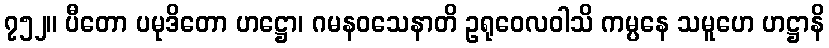
၇၅၂။ ပီတော ပမုဒိတော ဟဋ္ဌော၊ ဂမနဝသေနာတိ ဥရုဝေလဝါသိ ကမ္ပနေ သမူဟေ ဟဋ္ဌာနိ